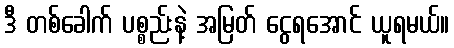
ဒီ တစ်ခေါက် ပစ္စည်းနဲ့ အမြတ် ငွေရအောင် ယူရမယ်။